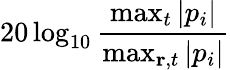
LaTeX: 20\log_{10}{\frac{\operatorname*{max}_{t}{|p_{i}|}}{\operatorname*{max}_{\textbf{r},t}{|p_{i}|}}}